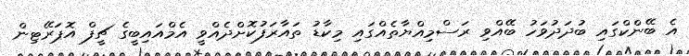
އެ ބޭންކްގައި ބުދަދުވަހު ބޭއްވި ރަސްމިއްޔާތެއްގައި މިކާޑު ތައާރަފުކޮށްދެއްވީ އެމްއައިބީގެ ޗީފް އޮޕަރޭޓިން